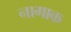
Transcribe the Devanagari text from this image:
नागाक